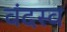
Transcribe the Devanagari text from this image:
वंदस्व